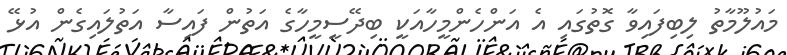
މައުލޫމާތު ލިބިފައިވާ ގޮތުގައި އެ އަންހެންމީހާއަކީ ބިދޭސީމީހާގެ އަތުން ފައިސާ އަތުލައިގެން އުޅޭ